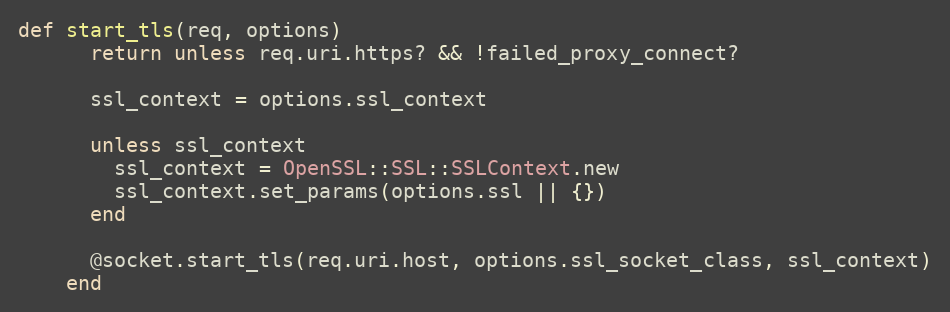
Language: Ruby
def start_tls(req, options)
      return unless req.uri.https? && !failed_proxy_connect?

      ssl_context = options.ssl_context

      unless ssl_context
        ssl_context = OpenSSL::SSL::SSLContext.new
        ssl_context.set_params(options.ssl || {})
      end

      @socket.start_tls(req.uri.host, options.ssl_socket_class, ssl_context)
    end